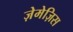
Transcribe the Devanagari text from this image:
ज़ेमेज़िस